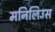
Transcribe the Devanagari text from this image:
मनिलिउस